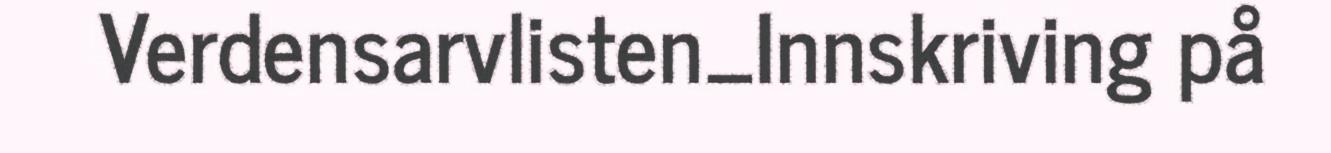
Verdensarvlisten_Innskriving på